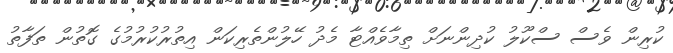
ކުރިން ވެސް ސްކޫލު ކުދިންނަށް ތިމާވެއްޓާ މެދު ހޭލުންތެރިކަން އިތުރުކުރުމުގެ ގޮތުން ތަފާތު